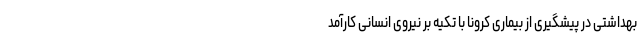
بهداشتی در پیشگیری از بیماری کرونا با تکیه بر نیروی انسانی کارآمد